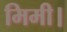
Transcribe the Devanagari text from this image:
मिमी।